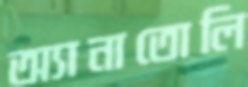
অ্যানাতোলি